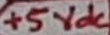
Text: +5Vdc